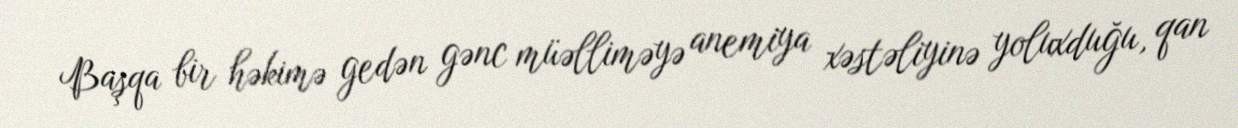
Başqa bir həkimə gedən gənc müəlliməyə anemiya xəstəliyinə yoluxduğu, qan